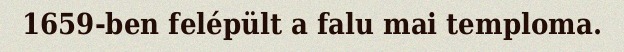
1659-ben felépült a falu mai temploma.